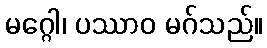
မဂ္ဂေါ၊ ပဿာဝ မဂ်သည်။